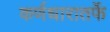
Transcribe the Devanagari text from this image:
कर्णधारातर्फे